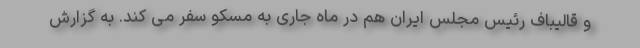
و قالیباف رئیس مجلس ایران هم در ماه جاری به مسکو سفر می کند. به گزارش